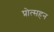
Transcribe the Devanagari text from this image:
प्रोत्सहन